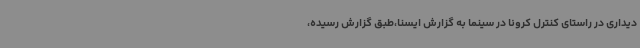
دیداری در راستای کنترل کرونا در سینما به گزارش ایسنا،طبق گزارش رسیده،